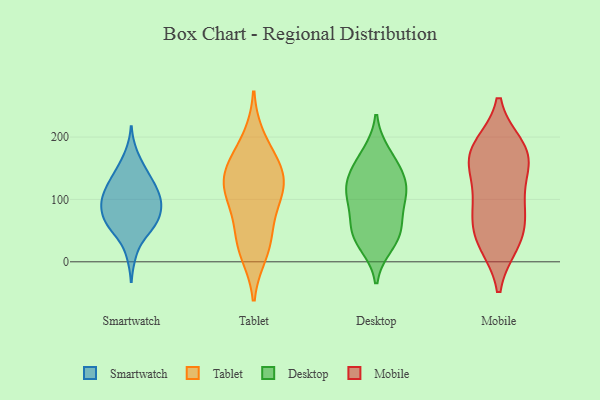
{"axis": {"x": "Demand Index", "y": "Value"}, "legend": ["Desktop", "Mobile", "Smartwatch", "Tablet"], "data": [{"x": "", "y": 101, "type": "Smartwatch"}, {"x": "", "y": 55, "type": "Smartwatch"}, {"x": "", "y": 171, "type": "Smartwatch"}, {"x": "", "y": 75, "type": "Smartwatch"}, {"x": "", "y": 95, "type": "Smartwatch"}, {"x": "", "y": 55, "type": "Smartwatch"}, {"x": "", "y": 146, "type": "Smartwatch"}, {"x": "", "y": 14, "type": "Smartwatch"}, {"x": "", "y": 96, "type": "Smartwatch"}, {"x": "", "y": 110, "type": "Smartwatch"}, {"x": "", "y": 67, "type": "Smartwatch"}, {"x": "", "y": 127, "type": "Smartwatch"}, {"x": "", "y": 128, "type": "Smartwatch"}, {"x": "", "y": 101, "type": "Smartwatch"}, {"x": "", "y": 63, "type": "Smartwatch"}, {"x": "", "y": 139, "type": "Smartwatch"}, {"x": "", "y": 58, "type": "Smartwatch"}, {"x": "", "y": 92, "type": "Smartwatch"}, {"x": "", "y": 127, "type": "Tablet"}, {"x": "", "y": 197, "type": "Tablet"}, {"x": "", "y": 95, "type": "Tablet"}, {"x": "", "y": 159, "type": "Tablet"}, {"x": "", "y": 14, "type": "Tablet"}, {"x": "", "y": 28, "type": "Tablet"}, {"x": "", "y": 44, "type": "Tablet"}, {"x": "", "y": 128, "type": "Tablet"}, {"x": "", "y": 153, "type": "Tablet"}, {"x": "", "y": 130, "type": "Tablet"}, {"x": "", "y": 92, "type": "Tablet"}, {"x": "", "y": 45, "type": "Desktop"}, {"x": "", "y": 55, "type": "Desktop"}, {"x": "", "y": 104, "type": "Desktop"}, {"x": "", "y": 157, "type": "Desktop"}, {"x": "", "y": 111, "type": "Desktop"}, {"x": "", "y": 29, "type": "Desktop"}, {"x": "", "y": 136, "type": "Desktop"}, {"x": "", "y": 172, "type": "Desktop"}, {"x": "", "y": 99, "type": "Desktop"}, {"x": "", "y": 125, "type": "Desktop"}, {"x": "", "y": 48, "type": "Desktop"}, {"x": "", "y": 181, "type": "Mobile"}, {"x": "", "y": 34, "type": "Mobile"}, {"x": "", "y": 168, "type": "Mobile"}, {"x": "", "y": 160, "type": "Mobile"}, {"x": "", "y": 44, "type": "Mobile"}, {"x": "", "y": 107, "type": "Mobile"}, {"x": "", "y": 79, "type": "Mobile"}, {"x": "", "y": 183, "type": "Mobile"}, {"x": "", "y": 31, "type": "Mobile"}, {"x": "", "y": 162, "type": "Mobile"}, {"x": "", "y": 91, "type": "Mobile"}]}